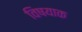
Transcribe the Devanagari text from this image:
विषयाक